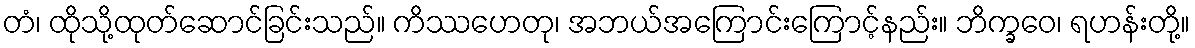
တံ၊ ထိုသို့ထုတ်ဆောင်ခြင်းသည်။ ကိဿဟေတု၊ အဘယ်အကြောင်းကြောင့်နည်း။ ဘိက္ခဝေ၊ ရဟန်းတို့။